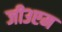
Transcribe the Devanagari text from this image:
जी३एम